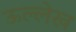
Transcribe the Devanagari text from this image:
ऊल्लेख